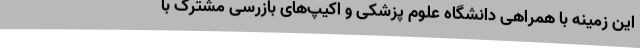
این زمینه با همراهی دانشگاه علوم پزشکی و اکیپ‌های بازرسی مشترک با